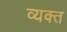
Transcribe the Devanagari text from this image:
व्‍यक्‍त